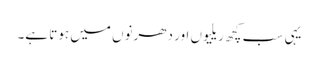
یہی سب کچھ ریلیوں اور دھرنوں میں ہوتا ہے۔